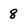
Character: 8